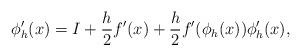
LaTeX: \begin{align*}\phi_h^\prime(x) = I + \frac{h}{2}f^\prime(x) + \frac{h}{2}f^\prime(\phi_h(x))\phi_h^\prime(x),\end{align*}